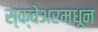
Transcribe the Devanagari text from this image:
स्क्वेअरमधून